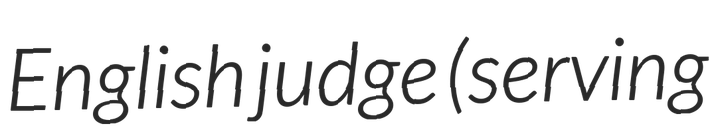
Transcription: English judge (serving